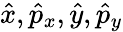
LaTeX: \hat{x},\hat{p}_{x},\hat{y},\hat{p}_{y}